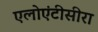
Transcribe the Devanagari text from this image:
एलोएंटीसीरा